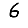
Digit: 6